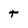
Character: t